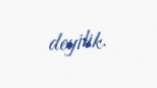
deyilik.